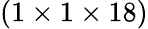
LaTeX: (1\times 1\times 18)